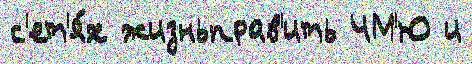
с'ет'я́х жизньправ'ить ЧМ'Ю и